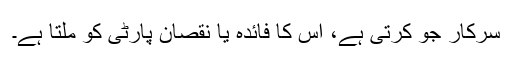
سرکار جو کرتی ہے، اس کا فائدہ یا نقصان پارٹی کو ملتا ہے۔